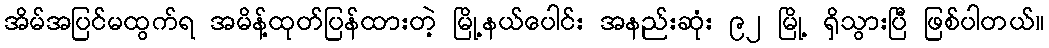
အိမ်အပြင်မထွက်ရ အမိန့်ထုတ်ပြန်ထားတဲ့ မြို့နယ်ပေါင်း အနည်းဆုံး ၉၂ မြို့ ရှိသွားပြီ ဖြစ်ပါတယ်။